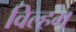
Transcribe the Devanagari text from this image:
विल्हम